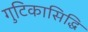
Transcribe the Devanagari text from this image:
गुटिकासिद्धि